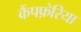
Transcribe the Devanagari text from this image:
कैंपफ़ेरिया